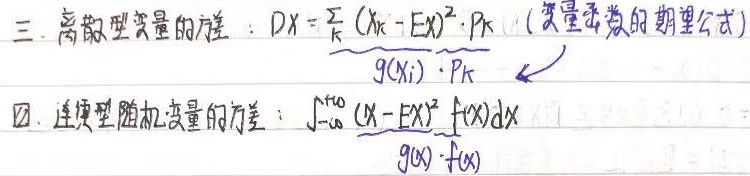
三. 离散型变量的方差：$DX=\frac{\sum_{k}(X_{k}-EX)^{2}\cdot P_{k}}{g(X_{i})\cdot P_{k}}$ （变量函数的期望公式）
四. 连续型随机变量的方差：$\frac{\int_{-\infty}^{+\infty}(X - EX)^{2}f(X)dX}{g(x)\cdot f(x)}$